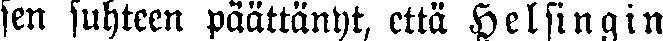
sen suhteen päättänyt, että Helsingin